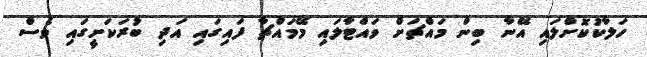
ހަލާކުކޮށްލައި އޭނާ ބިން މައްޗަށް ވައްޓާލައި މޭމައްޗާ ފައިގައި އަދި ބުރަކަށީގައި ވެސް